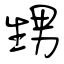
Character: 甥